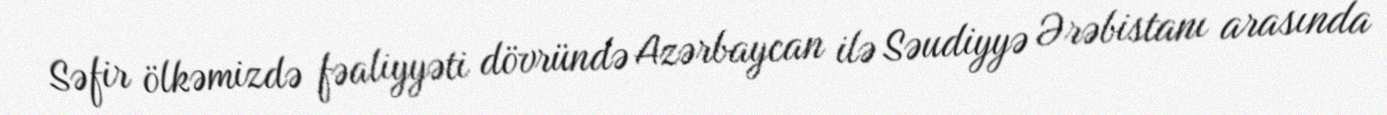
Səfir ölkəmizdə fəaliyyəti dövründə Azərbaycan ilə Səudiyyə Ərəbistanı arasında